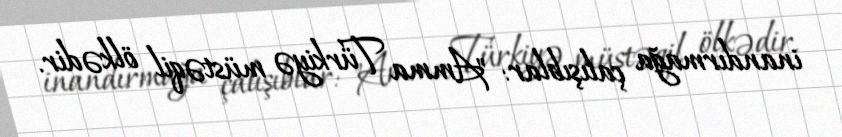
inandırmağa çalışıblar: "Amma Türkiyə müstəqil ölkədir.